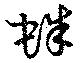
蛛